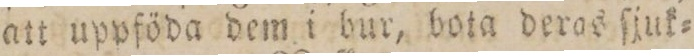
att uppföda dem i bur, bota deros ſjuk=